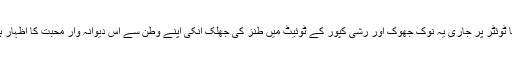
یقینا ٹوئٹر پر جاری یہ نوک جھوک اور رشی کپور کے ٹوئیٹ میں طنز کی جھلک انکی اپنے وطن سے اس دیوانہ وار محبت کا اظہار ہے۔